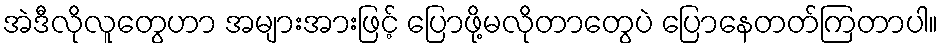
အဲဒီလိုလူတွေဟာ အများအားဖြင့် ပြောဖို့မလိုတာတွေပဲ ပြောနေတတ်ကြတာပါ။